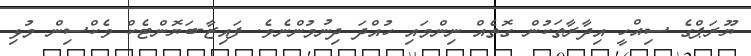
ޔޫރަޕްގެ ސިއްހީ އިދާރާތަކުން ގޮތެއް ނިންމައި ހުއްދަ ދިނުމުންނެވެ. ފައިޒާ-ބަޔޮންޓެކް ވެކްސިން މުޅި